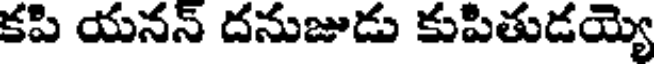
కపి యనన్ దనుజుడు కుపితుడయ్యె